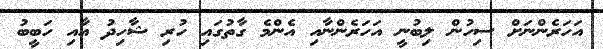
އަހަރެންނަށް ސިހުން ލިބުނީ އަހަރެންނާއި އެންމެ ގާތުގައި ހުރި ޝާހިދު އާއި ހަބީބު